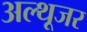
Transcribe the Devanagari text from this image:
अल्थूजर